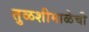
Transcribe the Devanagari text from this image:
तुळशीमाळेची